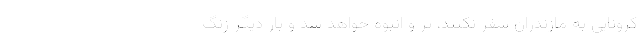
کرونایی به مازندران سفر نکنند، پر و انبوه خواهد شد و بار دیگر زنگ